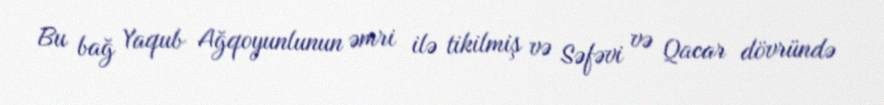
Bu bağ Yaqub Ağqoyunlunun əmri ilə tikilmiş və Səfəvi və Qacar dövründə